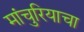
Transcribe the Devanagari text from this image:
मांचुरियाचा